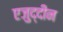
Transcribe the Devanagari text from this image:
एजुद्दीन